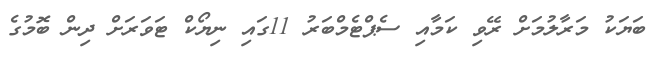
ބަޔަކު މަރާލުމަށް ރޭވި ކަމާއި ސެޕްޓެމްބަރު 11ގައި ނިޔޯކް ޓަވަރަށް ދިން ބޮމުގެ